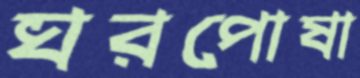
ঘরপোষা